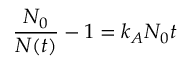
\frac { N _ { 0 } } { N ( t ) } - 1 = k _ { A } N _ { 0 } t